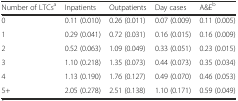
<table><thead><tr><td><b>Number of LTCs<sup>a</sup></b></td><td><b>Inpatients</b></td><td><b>Outpatients</b></td><td><b>Day cases</b></td><td><b>A&amp;E<sup>b</sup></b></td></tr></thead><tbody><tr><td>0</td><td>0.11 (0.010)</td><td>0.26 (0.011)</td><td>0.07 (0.009)</td><td>0.11 (0.005)</td></tr><tr><td>1</td><td>0.29 (0.041)</td><td>0.72 (0.031)</td><td>0.16 (0.015)</td><td>0.16 (0.009)</td></tr><tr><td>2</td><td>0.52 (0.063)</td><td>1.09 (0.049)</td><td>0.33 (0.051)</td><td>0.23 (0.015)</td></tr><tr><td>3</td><td>1.10 (0.218)</td><td>1.35 (0.073)</td><td>0.44 (0.073)</td><td>0.35 (0.034)</td></tr><tr><td>4</td><td>1.13 (0.190)</td><td>1.76 (0.127)</td><td>0.49 (0.070)</td><td>0.46 (0.053)</td></tr><tr><td>5+</td><td>2.05 (0.278)</td><td>2.51 (0.138)</td><td>1.10 (0.171)</td><td>0.59 (0.049)</td></tr></tbody></table>